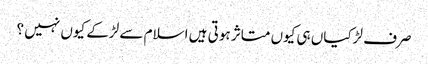
صرف لڑکیاں ہی کیوں متاثر ہوتی ہیں اسلام سے لڑکے کیوں نہیں ؟